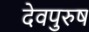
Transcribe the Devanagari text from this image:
देवपुरुष